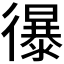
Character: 𢖔